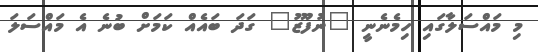
މި މައްސަލާގައި ހިމެނެނީ "ނުފޫޒު" ގަދަ ބައެއް ކަމަށް ބުނެ އެ މައްސަލަ